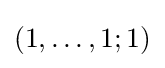
(1,\ldots ,1;1)